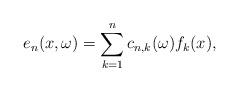
LaTeX: \begin{align*}e_n(x,\omega)=\sum^n_{k=1}c_{n,k}(\omega)f_k(x),\end{align*}